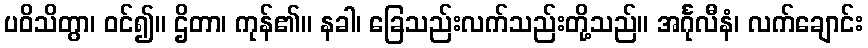
ပဝိသိတွာ၊ ဝင်၍။ ဌိတာ၊ ကုန်၏။ နခါ၊ ခြေသည်းလက်သည်းတို့သည်။ အင်္ဂုလီနံ၊ လက်ချောင်း